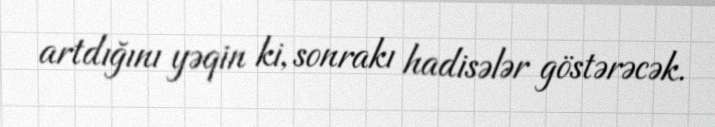
artdığını yəqin ki, sonrakı hadisələr göstərəcək.